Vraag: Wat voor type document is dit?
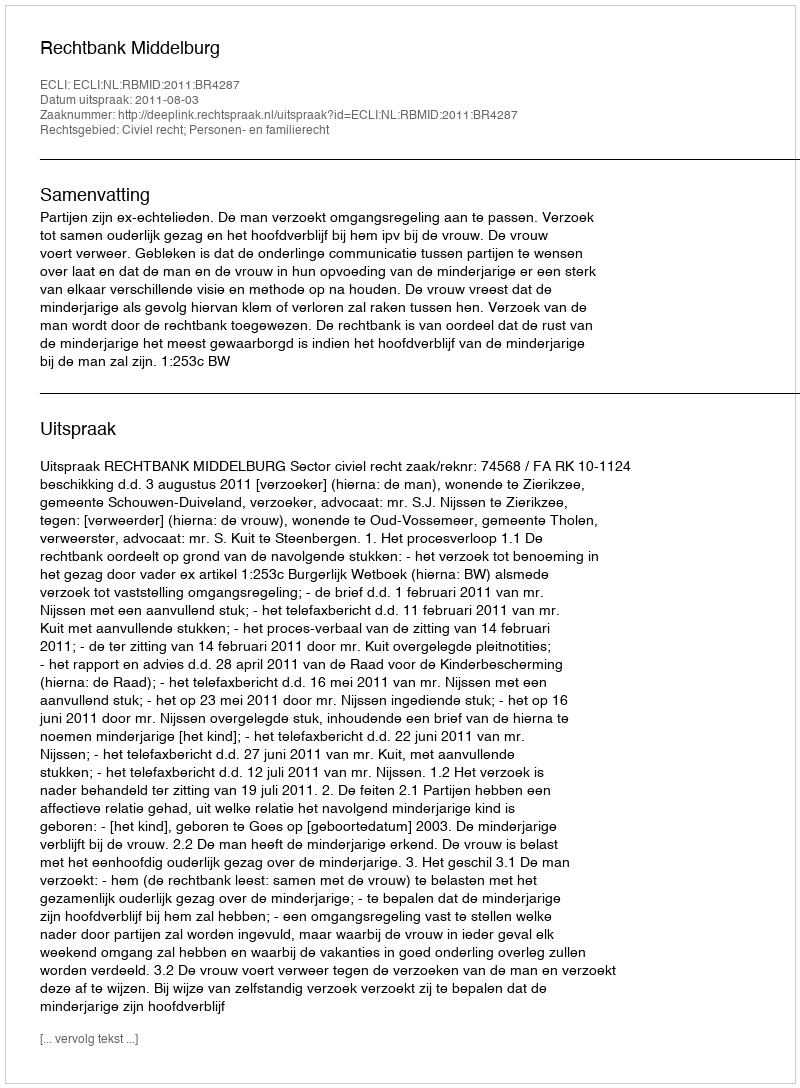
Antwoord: Uitspraak